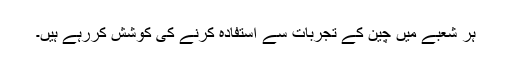
ہر شعبے میں چین کے تجربات سے استفادہ کرنے کی کوشش کررہے ہیں۔